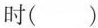
时( )